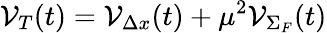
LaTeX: {\cal V}_{T}(t)={\cal V}_{\Delta x}(t)+\mu^{2}{\cal V}_{\Sigma_{F}}(t)